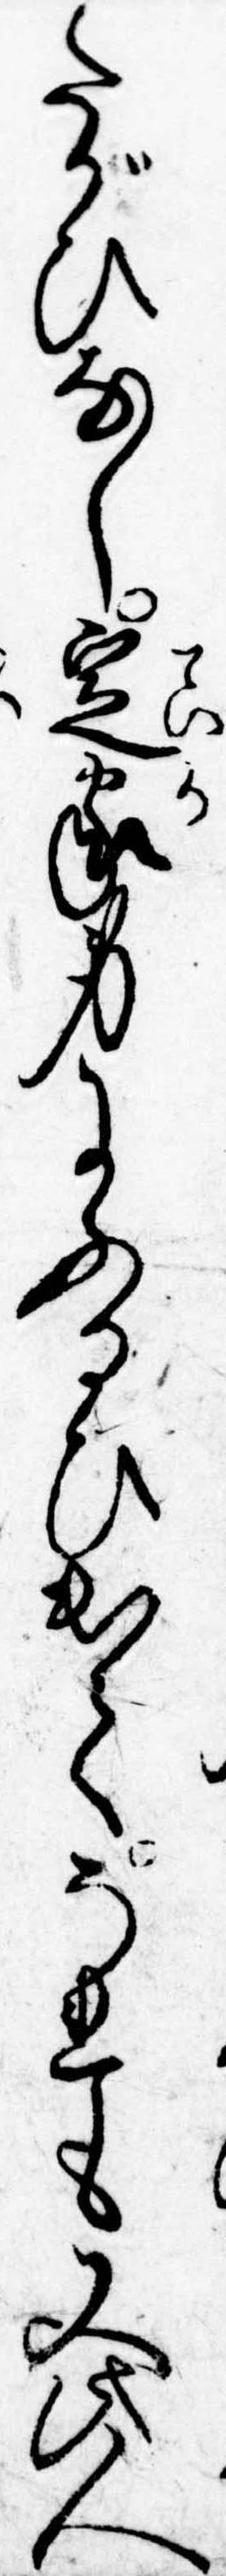
たがひなし定家身にふるひ出てそれも又此人